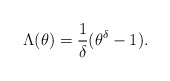
\begin{align*} \Lambda(\theta) = \frac1{\delta} (\theta^{\delta} - 1 ).\end{align*}